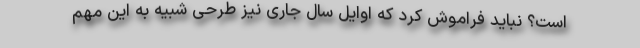
است؟ نباید فراموش کرد که اوایل سال جاری نیز طرحی شبیه به این مهم